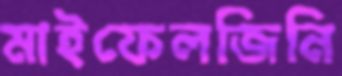
মাইফেলজিনি